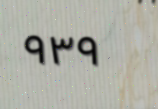
٩٣٩